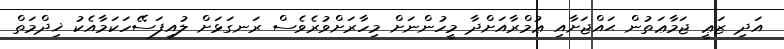
އަދި ޒަޢީ ޖަމާޢަތުން ޙައްޖަށާއި ޢުމްރާއަށްދާ މީހުންނަށް މިހާރަށްވުރެވެސް ރަނގަޅަށް ލުއިފަސޭހަކަމާއެކު ޚިދްމަތް